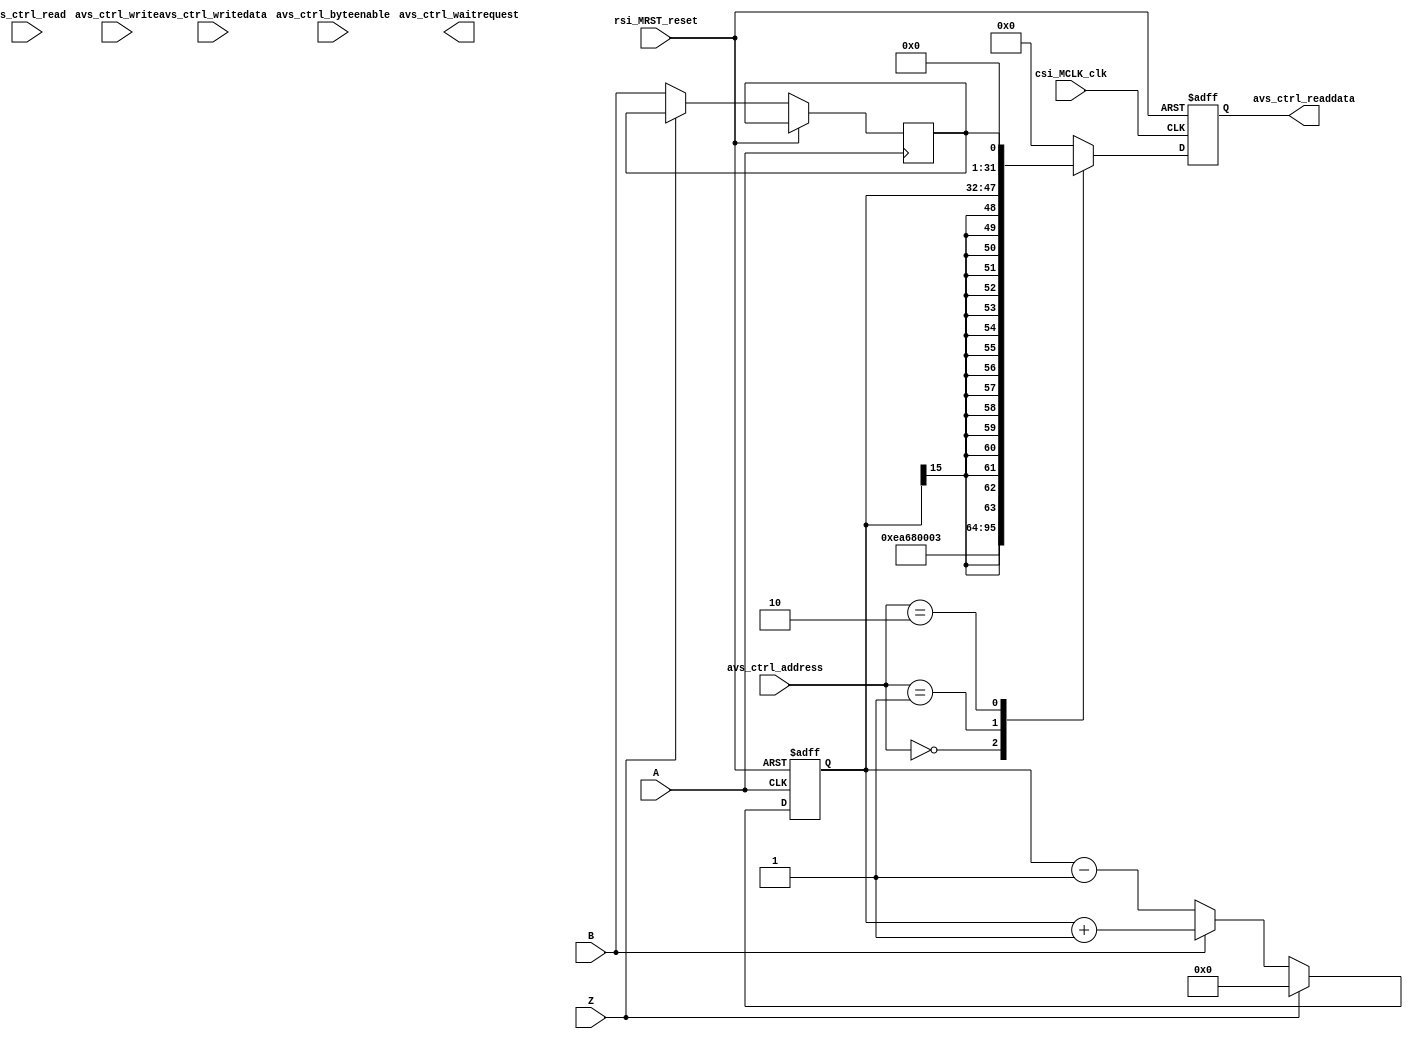
module position_encoder(
		input					rsi_MRST_reset,
		input					csi_MCLK_clk,
		input		[31:0]	avs_ctrl_writedata,
		output	[31:0]	avs_ctrl_readdata,
		input		[3:0]		avs_ctrl_byteenable,
		input		[2:0]		avs_ctrl_address,
		input					avs_ctrl_write,
		input					avs_ctrl_read,
		output				avs_ctrl_waitrequest,
		input A,
		input B,
		input Z
		);
		reg [31:0] read_data;		
		reg [15:0]  postion;
		reg  direction;
		assign	avs_ctrl_readdata = read_data;
		always@(posedge csi_MCLK_clk or posedge rsi_MRST_reset)
		begin
			if(rsi_MRST_reset) begin
				read_data <= 0;
			end
			else begin
				case(avs_ctrl_address)
					0: read_data <= 32'hEA680003;
					1: read_data <= {{16{postion[15]}},postion};
					2: read_data <= {31'b0,direction};
					default: read_data <= 32'b0;
				endcase
			end
		end
		always @(posedge A or posedge rsi_MRST_reset)
		begin
			if (rsi_MRST_reset)
				postion <= 16'b0;
			else if (Z)
				postion <= 16'b0;
			else begin
				if (B)
					postion <= postion+1;
				else
					postion <= postion-1;
				direction <= B;
			end
		end
endmodule